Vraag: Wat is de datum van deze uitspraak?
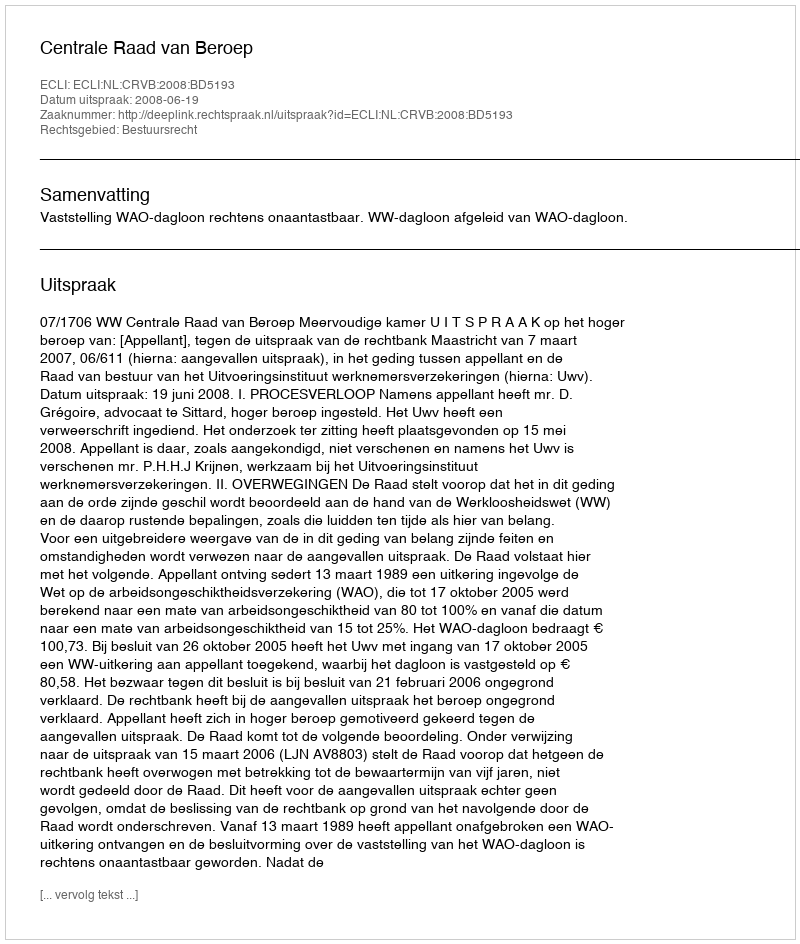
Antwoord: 2008-06-19